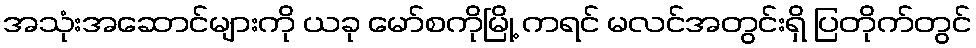
အသုံးအဆောင်များကို ယခု မော်စကိုမြို့ ကရင် မလင်အတွင်းရှိ ပြတိုက်တွင်